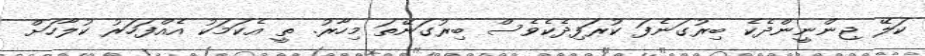
ކަލޭ ޖިންނީންދެކެ ބިރުގަނެފަ ކުރަފިދެކެވެސް ބިރުގަނޭތަ މިހާރު. ތީ އެކަމަކު އެއްފަހަރު ކުލާހަށް